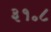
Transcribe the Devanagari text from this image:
३१॰८